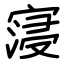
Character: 寖